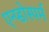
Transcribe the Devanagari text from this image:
एन्प्डोस्पर्म